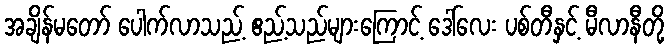
အချိန်မတော် ပေါက်လာသည့် ဧည့်သည်များကြောင့် ဒေါ်လေး ပစ်တီနှင့် မီလာနီတို့